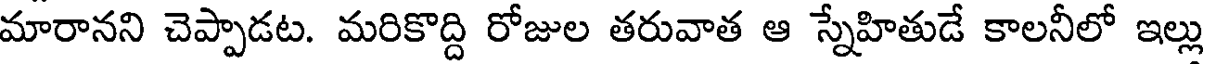
మారానని చెప్పాడట. మరికొద్ది రోజుల తరువాత ఆ స్నేహితుడే కాలనీలో ఇల్లు